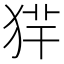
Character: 𤞢